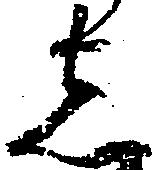
し